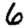
Digit: 6